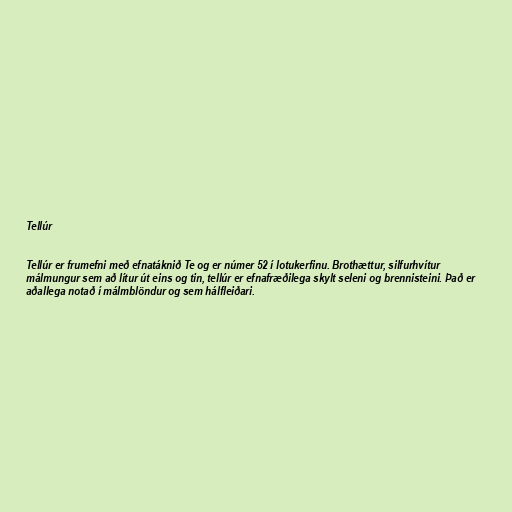
Tellúr

Tellúr er frumefni með efnatáknið Te og er númer 52 í lotukerfinu. Brothættur, silfurhvítur
málmungur sem að lítur út eins og tin, tellúr er efnafræðilega skylt seleni og brennisteini. Það er
aðallega notað í málmblöndur og sem hálfleiðari.